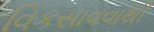
વિકસાવવાથી